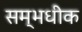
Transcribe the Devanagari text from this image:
सम्भधीक